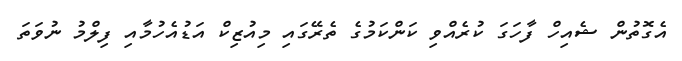
އެގޮތުން ޝެއިހް ފާހަގަ ކުރެއްވި ކަންކަމުގެ ތެރޭގައި މިއުޒިކް އަޑުއެހުމާއި ފިލްމު ނުވަތަ